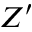
Z ^ { \prime }